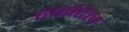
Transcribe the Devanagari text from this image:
हार्सटेल